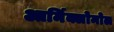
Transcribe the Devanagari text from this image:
आर्मिक्लोमोल